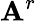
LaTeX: \mathbf{A}^{r}